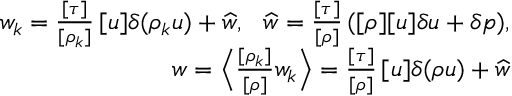
\begin{array} { r } { w _ { k } = \frac { [ \tau ] } { [ \rho _ { k } ] } \, [ u ] \delta ( \rho _ { k } u ) + \widehat { w } , \ \ \widehat { w } = \frac { [ \tau ] } { [ \rho ] } \, ( [ \rho ] [ u ] \delta u + \delta p ) , } \\ { w = \Big \langle \frac { [ \rho _ { k } ] } { [ \rho ] } w _ { k } \Big \rangle = \frac { [ \tau ] } { [ \rho ] } \, [ u ] \delta ( \rho u ) + \widehat { w } } \end{array}